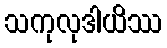
သကုလုဒါယိဿ